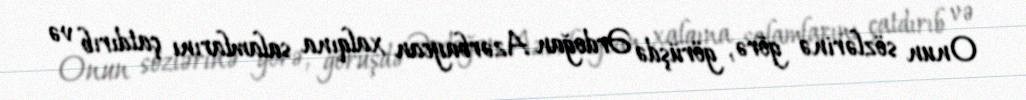
Onun sözlərinə görə, görüşdə Ərdoğan Azərbaycan xalqına salamlarını çatdırıb və